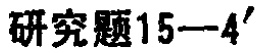
研究题15—4'